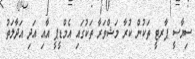
ސިޔާސީ ޕާރޓީ ތަކުން ކުރާ މަޝްވަރާ ތަކުގައި އެމްޑީޕީ އާއި އަދި އަދާލަތު